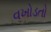
વખોડતો